Report on horse surra - Volume I
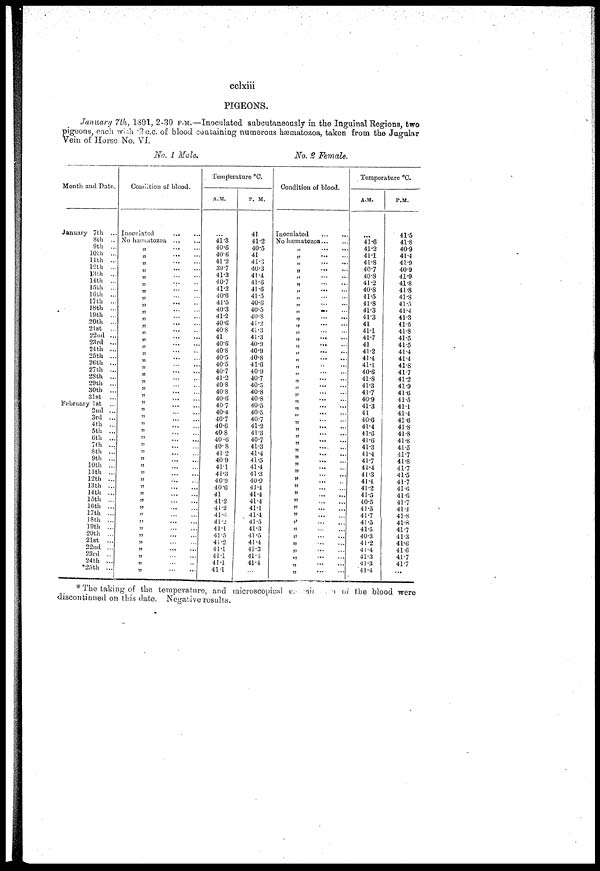
cclxiii
PIGEONS.
January 7th, 1891, 2-30 P.M.—Inoculated subcutaneously in the Inguinal Regions, two
pigeons, each with .2 c.c. of blood containing numerous hæmatozoa, taken from the Jugular
Vein of Horse No. VI.
No. 1 Male.
No. 2 Female.
Month and Date.
January 7th ...
8th
..
9th
...
10th
...
11th ...
12th
...
13th ...
14th
...
15th ...
16th
...
17th ...
18th ...
19th ...
20th ...
21st
...
22nd ...
23rd ...
24th ...
25th ...
26th ...
27th ,..
28th ...
29th ...
30th
...
31st
...
February 1st
2nd ...
3rd ...
4th
...
5th ...
6th
...
7th ...
8th
...„
9th ...
10th ...
11th
...
12th ...
13th ...
14th ...
15th ...
16th ...
17th ...
18th ...
19th ...
20th ...
21st
...
22nd ...
23rd ..
24th ...
*25th ...
Condition of blood.
Inoculated
No hæmatozoa ...
„
... ...
„
...
...
„ .. ...
„
...
...
„
„
...
...
„
„
„
„
„
„
„
„
„
„
„
„ „
„ „
„
„
„
„
„
„
„
„
„
„
„
„
„
„
...
„
...
„
„
„
„
„
...
„
„
„
„
...
...
„
„
„
Temperature °C.
A.M.
...
41.3
40.6
40.6
41.2
39.7
41.3
40.7
41.2
40.6
41.5
40.3
41.2
40.6
40.8
41
40.6
40.8
40.5
40.5
40.7
41.2
40.8
40.8
40.6
40.7
40.4
40.7
40.6
40.8
40.6
40.8
41.2
40.9
41.1
41.3
40.9
40.6
41
41.2
41.2
41.6
41.2
41.1
41.5
41.2
41.1
41.1
41.1
41.1
P. M.
41
41.2
40.5
41
41.3
40.3
41.4
41.6
41.6
41.5
40.6
40.5
40.8
41.2
41.3
41.3
40.9
40.9
40.8
41.6
40.9
40.7
40.5
40.8
40.8
40.5
40.5
40.7
41.2
41.3
40.7
41.3
41.4
41.5
41.4
41.3
40.9
41.4
41.4
41.4
41.1
41.4
41.5
41.3
41.5
41.4
41.3
41.4
41.4
...
Condition of blood.
Inoculated
No hæmatozoa
„
...
...
„ ...
„
„
...
„
„
...
...
„
„
„
...
...
„
...
„ ... ...
„ ... ...
„
„
,...
...
„
...
...
„
„
...
„ ...
„
„
„ ...
„
„
„
„
...
„
„
„
„
„
....
„
...
„
...
„
„ ....
„
„
„
„
„
„
„
„
„
„
„ ...
„
....
...
„
Temperature °C.
A.M.
41.6
41.2
41.1
41.8
40.7
40.8
41.2
40.8
41.5
41.8
41.3
41.3
41
41.1
41.7
41
41.2
41.4
41.1
40.6
41.8
41.3
41.7
40.9
41.3
41
40.6
41.4
41.6
41.6
41.3
41.4
41.7
41.4
41.3
41.4
41.2
41.5
40.5
41.5
41.7
41.5
41.5
40.3
41.2
41.4
41.3
41.3
41.4
P.M.
41.5
41.8
40.9
41.4
41.9
40.9
41.9
41.8
41.8
41.8
41.5
41.4
41.3
41.5
41.8
41.5
41.5
41.4
41.4
41.8
41.7
41.2
41.9
41.6
41.5
41.1
41.4
41.6
41.8
41.8
41.8
41.5
41.7
41.8
41.7
41.5
41.7
41.6
41.6
41.7
41.4
41.8
41.8
41.7
41.3
41.6
41.0
41.7
41.7
...
* The taking of the temperature, and microscopical examination of the blood were
discontinued on this date. Negative results.